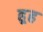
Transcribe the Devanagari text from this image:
हूह